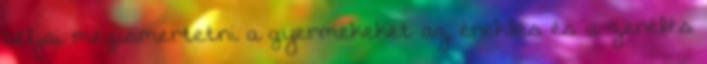
céljai megismertetni a gyermekeket az éneklés és a zenélés